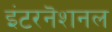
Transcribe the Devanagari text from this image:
इंटरनॆशनल